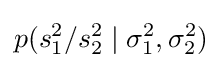
p(s_{1}^{2}/s_{2}^{2}\mid \sigma _{1}^{2},\sigma _{2}^{2})